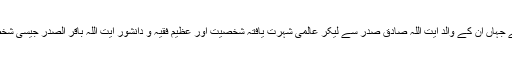
سن 1973 میں پیدا ہونے والے مقتدی صدر کا تعلق معروف مذہبی خاندان آل صدر سے ہے جہاں ان کے والد آیت اللہ صادق صدر سے لیکر عالمی شہرت یافتہ شخصیت اور عظیم فقیہ و دانشور آیت اللہ باقر الصدر جیسی شخصیات گذری ہیں کہ ان دونوں شخصیات کو عراق کے سابق ڈکٹیٹر صدام نے قتل کردیا تھا۔